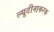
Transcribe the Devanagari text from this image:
ल्यूटीनाकरक